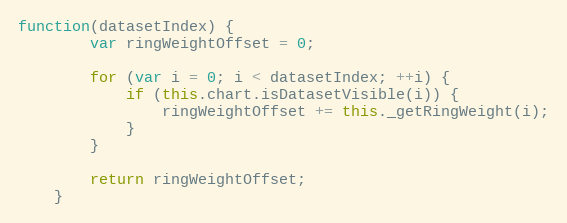
Language: JavaScript
function(datasetIndex) {
		var ringWeightOffset = 0;

		for (var i = 0; i < datasetIndex; ++i) {
			if (this.chart.isDatasetVisible(i)) {
				ringWeightOffset += this._getRingWeight(i);
			}
		}

		return ringWeightOffset;
	}